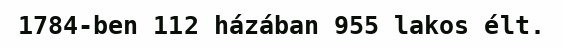
1784-ben 112 házában 955 lakos élt.